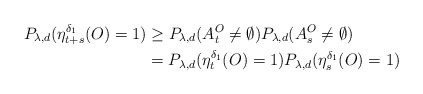
\begin{align*}P_{\lambda,d}(\eta_{t+s}^{\delta_1}(O)=1)&\geq P_{\lambda,d}(A_t^O\neq \emptyset)P_{\lambda,d}(A_s^O\neq \emptyset)\\&=P_{\lambda,d}(\eta_{t}^{\delta_1}(O)=1)P_{\lambda,d}(\eta_{s}^{\delta_1}(O)=1)\end{align*}